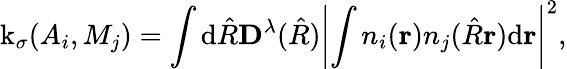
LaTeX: \operatorname{k}_{\sigma}(A_{i},M_{j})=\int\textrm{d}\hat{R}\textbf{D}^{\lambda}(\hat{R})\left|\int n_{i}(\textbf{r})n_{j}(\hat{R}\textbf{r})\textrm{d}\textbf{r}\right|^{2},